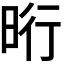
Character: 𣆯